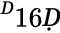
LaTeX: ^Ḋ16Ḍ